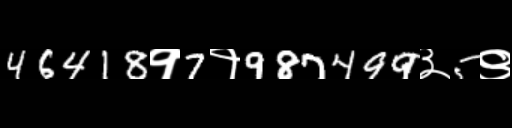
Text: 46418१7१987499३5९